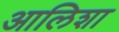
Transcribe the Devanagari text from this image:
आलिशा